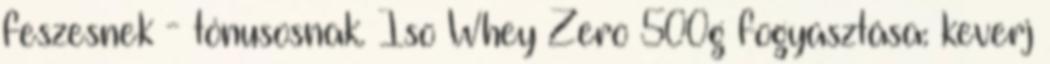
feszesnek - tónusosnak. Iso Whey Zero 500g fogyasztása: keverj